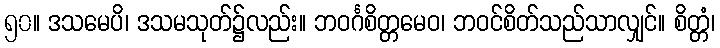
၅၀။ ဒသမေပိ၊ ဒသမသုတ်၌လည်း။ ဘဝင်္ဂစိတ္တမေဝ၊ ဘဝင်စိတ်သည်သာလျှင်။ စိတ္တံ၊